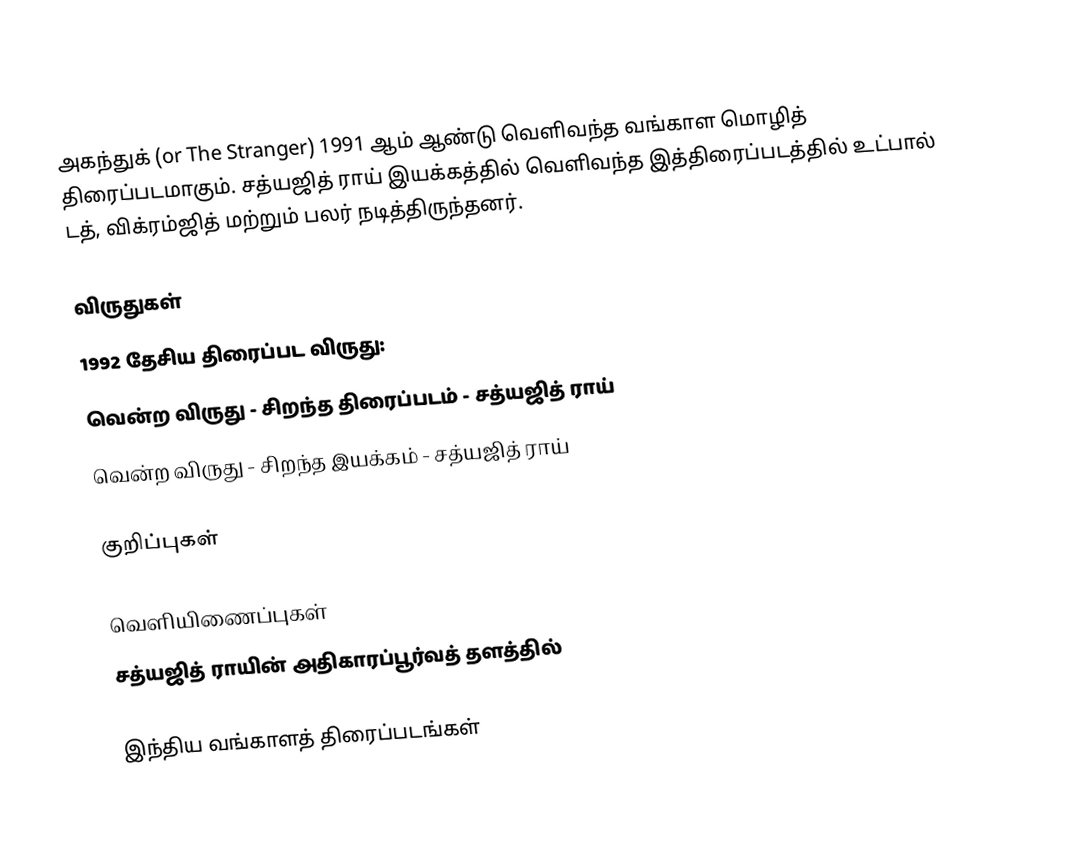
அகந்துக் (or The Stranger)   1991  ஆம் ஆண்டு வெளிவந்த வங்காள மொழித் திரைப்படமாகும். சத்யஜித் ராய் இயக்கத்தில் வெளிவந்த இத்திரைப்படத்தில் உட்பால் டத், விக்ரம்ஜித் மற்றும் பலர் நடித்திருந்தனர்.

விருதுகள்
1992 தேசிய திரைப்பட விருது:
 வென்ற விருது - சிறந்த திரைப்படம் - சத்யஜித் ராய்
 வென்ற விருது - சிறந்த இயக்கம் - சத்யஜித் ராய்

குறிப்புகள்

வெளியிணைப்புகள்
சத்யஜித் ராயின் அதிகாரப்பூர்வத் தளத்தில்

இந்திய வங்காளத் திரைப்படங்கள்